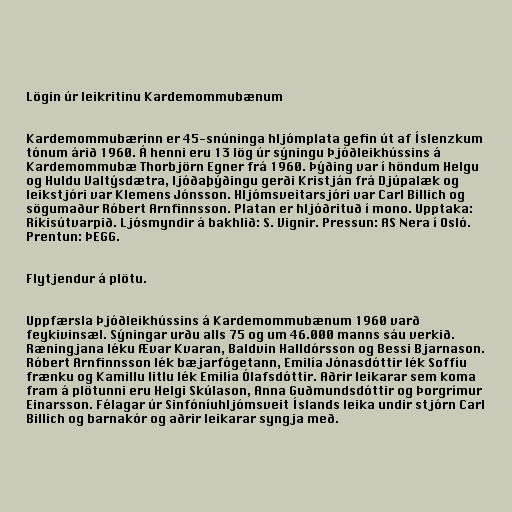
Lögin úr leikritinu Kardemommubænum

Kardemommubærinn er 45-snúninga hljómplata gefin út af Íslenzkum
tónum árið 1960. Á henni eru 13 lög úr sýningu Þjóðleikhússins á
Kardemommubæ Thorbjörn Egner frá 1960. Þýðing var í höndum Helgu
og Huldu Valtýsdætra, ljóðaþýðingu gerði Kristján frá Djúpalæk og
leikstjóri var Klemens Jónsson. Hljómsveitarsjóri var Carl Billich og
sögumaður Róbert Arnfinnsson. Platan er hljóðrituð í mono. Upptaka:
Ríkisútvarpið. Ljósmyndir á bakhlið: S. Vignir. Pressun: AS Nera í Osló.
Prentun: ÞEGG.

Flytjendur á plötu.

Uppfærsla Þjóðleikhússins á Kardemommubænum 1960 varð
feykivinsæl. Sýningar urðu alls 75 og um 46.000 manns sáu verkið.
Ræningjana léku Ævar Kvaran, Baldvin Halldórsson og Bessi Bjarnason.
Róbert Arnfinnsson lék bæjarfógetann, Emilía Jónasdóttir lék Soffíu
frænku og Kamillu litlu lék Emilía Ólafsdóttir. Aðrir leikarar sem koma
fram á plötunni eru Helgi Skúlason, Anna Guðmundsdóttir og Þorgrímur
Einarsson. Félagar úr Sinfóníuhljómsveit Íslands leika undir stjórn Carl
Billich og barnakór og aðrir leikarar syngja með.